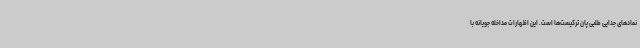
نمادهای جدایی طلبی پان ترکیست‌ها است. این اظهارات مداخله جویانه با